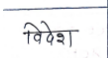
मजकूर: विदेश